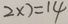
2 \times 7 = 1 4